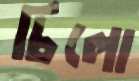
চিলো